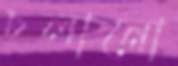
চলানো